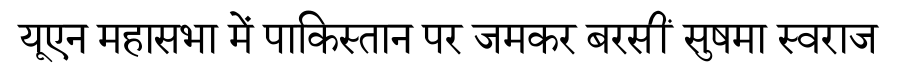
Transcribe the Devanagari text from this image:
यूएन महासभा में पाकिस्तान पर जमकर बरसीं सुषमा स्वराज